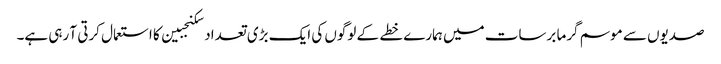
صدیوں سے موسم گرما برسات میں ہمارے خطے کے لوگوں کی ایک بڑی تعداد سکنجبین کا استعمال کرتی آ رہی ہے۔